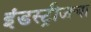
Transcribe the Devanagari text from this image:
इंडस्ट्रीजचा